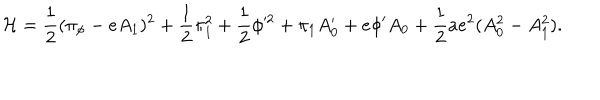
{ \cal H } = { \frac { 1 } { 2 } } ( \pi _ { \phi } - e A _ { 1 } ) ^ { 2 } + { \frac { 1 } { 2 } } \pi _ { 1 } ^ { 2 } + { \frac { 1 } { 2 } } \phi ^ { 2 } + \pi _ { 1 } A _ { 0 } ^ { \prime } + e \phi ^ { \prime } A _ { 0 } + { \frac { 1 } { 2 } } a e ^ { 2 } ( A _ { 0 } ^ { 2 } - A _ { 1 } ^ { 2 } ) .